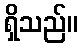
ရှိသည်။